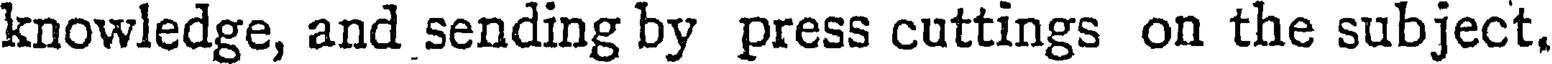
knowledge, and sending by press cuttings on the subject.